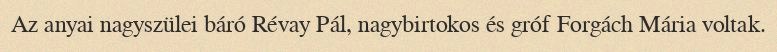
Az anyai nagyszülei báró Révay Pál, nagybirtokos és gróf Forgách Mária voltak.